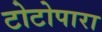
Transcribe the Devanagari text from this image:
टोटोपारा